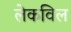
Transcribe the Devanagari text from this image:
लेकविल